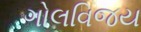
ગોલવિજય